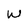
Character: W